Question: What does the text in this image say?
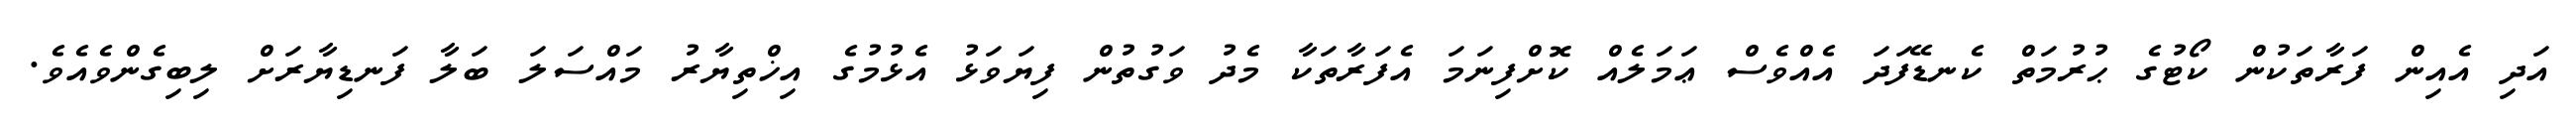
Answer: އަދި އެއިން ފަރާތަކުން ކޯޓުގެ ޙުރުމަތް ކެނޑޭފަދަ އެއްވެސް ޢަމަލެއް ކޮށްފިނަމަ އެފަރާތަކާ މެދު ވަގުތުން ފިޔަވަޅު އެޅުމުގެ އިޚްތިޔާރު މައްސަލަ ބަލާ ފަނޑިޔާރަށް ލިބިގެންވެއެވެ.